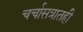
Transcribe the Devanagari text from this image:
चर्चासत्रातही